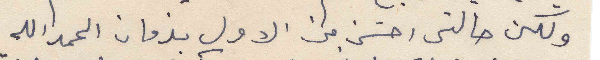
ولكن حالتي احسن من الاول بزمان الحمد الله